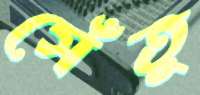
সেঁতু